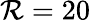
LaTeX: \mathcal{R}=20